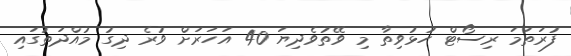
ފުރަތަމަ ރިސޯޓް ހުޅުވިތާ މި ވޭތުވެދިޔަ 40 އަހަރަށް ވުރެ ދިގު މުއްދަތުގައި